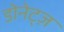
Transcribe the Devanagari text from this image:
डोनेट्ज़